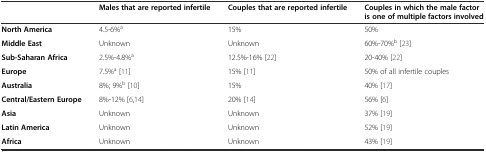
<table><thead><tr><td></td><td><b>Males that are reported infertile</b></td><td><b>Couples that are reported infertile</b></td><td><b>Couples in which the male factor is one of multiple factors involved</b></td></tr></thead><tbody><tr><td><b>North America</b></td><td>4.5-6%<sup>a</sup></td><td>15%</td><td>50%</td></tr><tr><td><b>Middle East</b></td><td>Unknown</td><td>Unknown</td><td>60%-70%<sup>b</sup> [23]</td></tr><tr><td><b>Sub-Saharan Africa</b></td><td>2.5%-4.8%<sup>a</sup></td><td>12.5%-16% [22]</td><td>20-40% [22]</td></tr><tr><td><b>Europe</b></td><td>7.5%<sup>a</sup> [11]</td><td>15% [11]</td><td>50% of all infertile couples</td></tr><tr><td><b>Australia</b></td><td>8%; 9%<sup>b</sup> [10]</td><td>15%</td><td>40% [17]</td></tr><tr><td><b>Central/Eastern Europe</b></td><td>8%-12% [6,14]</td><td>20% [14]</td><td>56% [6]</td></tr><tr><td><b>Asia</b></td><td>Unknown</td><td>Unknown</td><td>37% [19]</td></tr><tr><td><b>Latin America</b></td><td>Unknown</td><td>Unknown</td><td>52% [19]</td></tr><tr><td><b>Africa</b></td><td>Unknown</td><td>Unknown</td><td>43% [19]</td></tr></tbody></table>